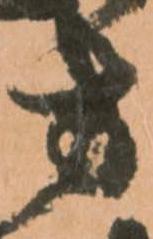
方